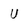
Character: U